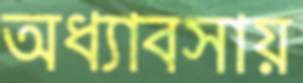
অধ্যাবসায়